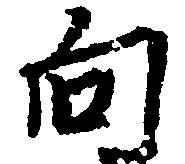
向